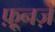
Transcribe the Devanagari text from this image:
फ़्रूनज़े